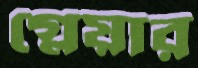
গ্লেয়ার